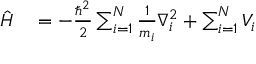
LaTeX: \begin{array} { r l } { { \hat { H } } } & { { } = - { \frac { \hbar ^ { 2 } } { 2 } } \sum _ { i = 1 } ^ { N } { \frac { 1 } { m _ { i } } } \nabla _ { i } ^ { 2 } + \sum _ { i = 1 } ^ { N } V _ { i } } \end{array}